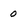
Character: 0